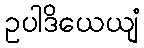
ဥပါဒိယေယျံ